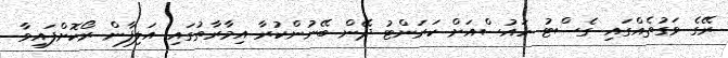
ރޭގެ ވަގުތެއްގައި ގެސްޓު ހައުސްއަށް ކަރަންޓު ދޭން ބޭނުންކުރާ އިމާރާތުގައި އަލިފާން ރޯކޮށްފައިވާ